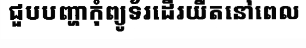
ជួបបញ្ហាកុំព្យូទ័រដើរយឺតនៅពេល